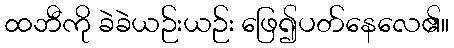
ထဘီကို ခဲခဲယဉ်းယဉ်း ဖြေ၍ပတ်နေလေ၏။